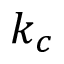
k _ { c }